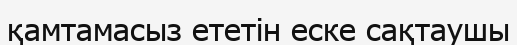
қамтамасыз ететін еске сақтаушы